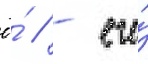
ё́ / - его́